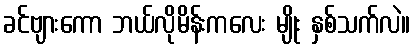
ခင်ဗျားကော ဘယ်လိုမိန်းကလေး မျိုး နှစ်သက်လဲ။